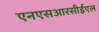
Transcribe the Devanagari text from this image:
एनएसआरसीईएल